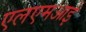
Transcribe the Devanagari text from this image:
एलएमआई